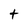
Character: t